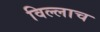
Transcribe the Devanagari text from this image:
विल्लाच